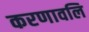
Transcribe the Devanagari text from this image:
करणावलि